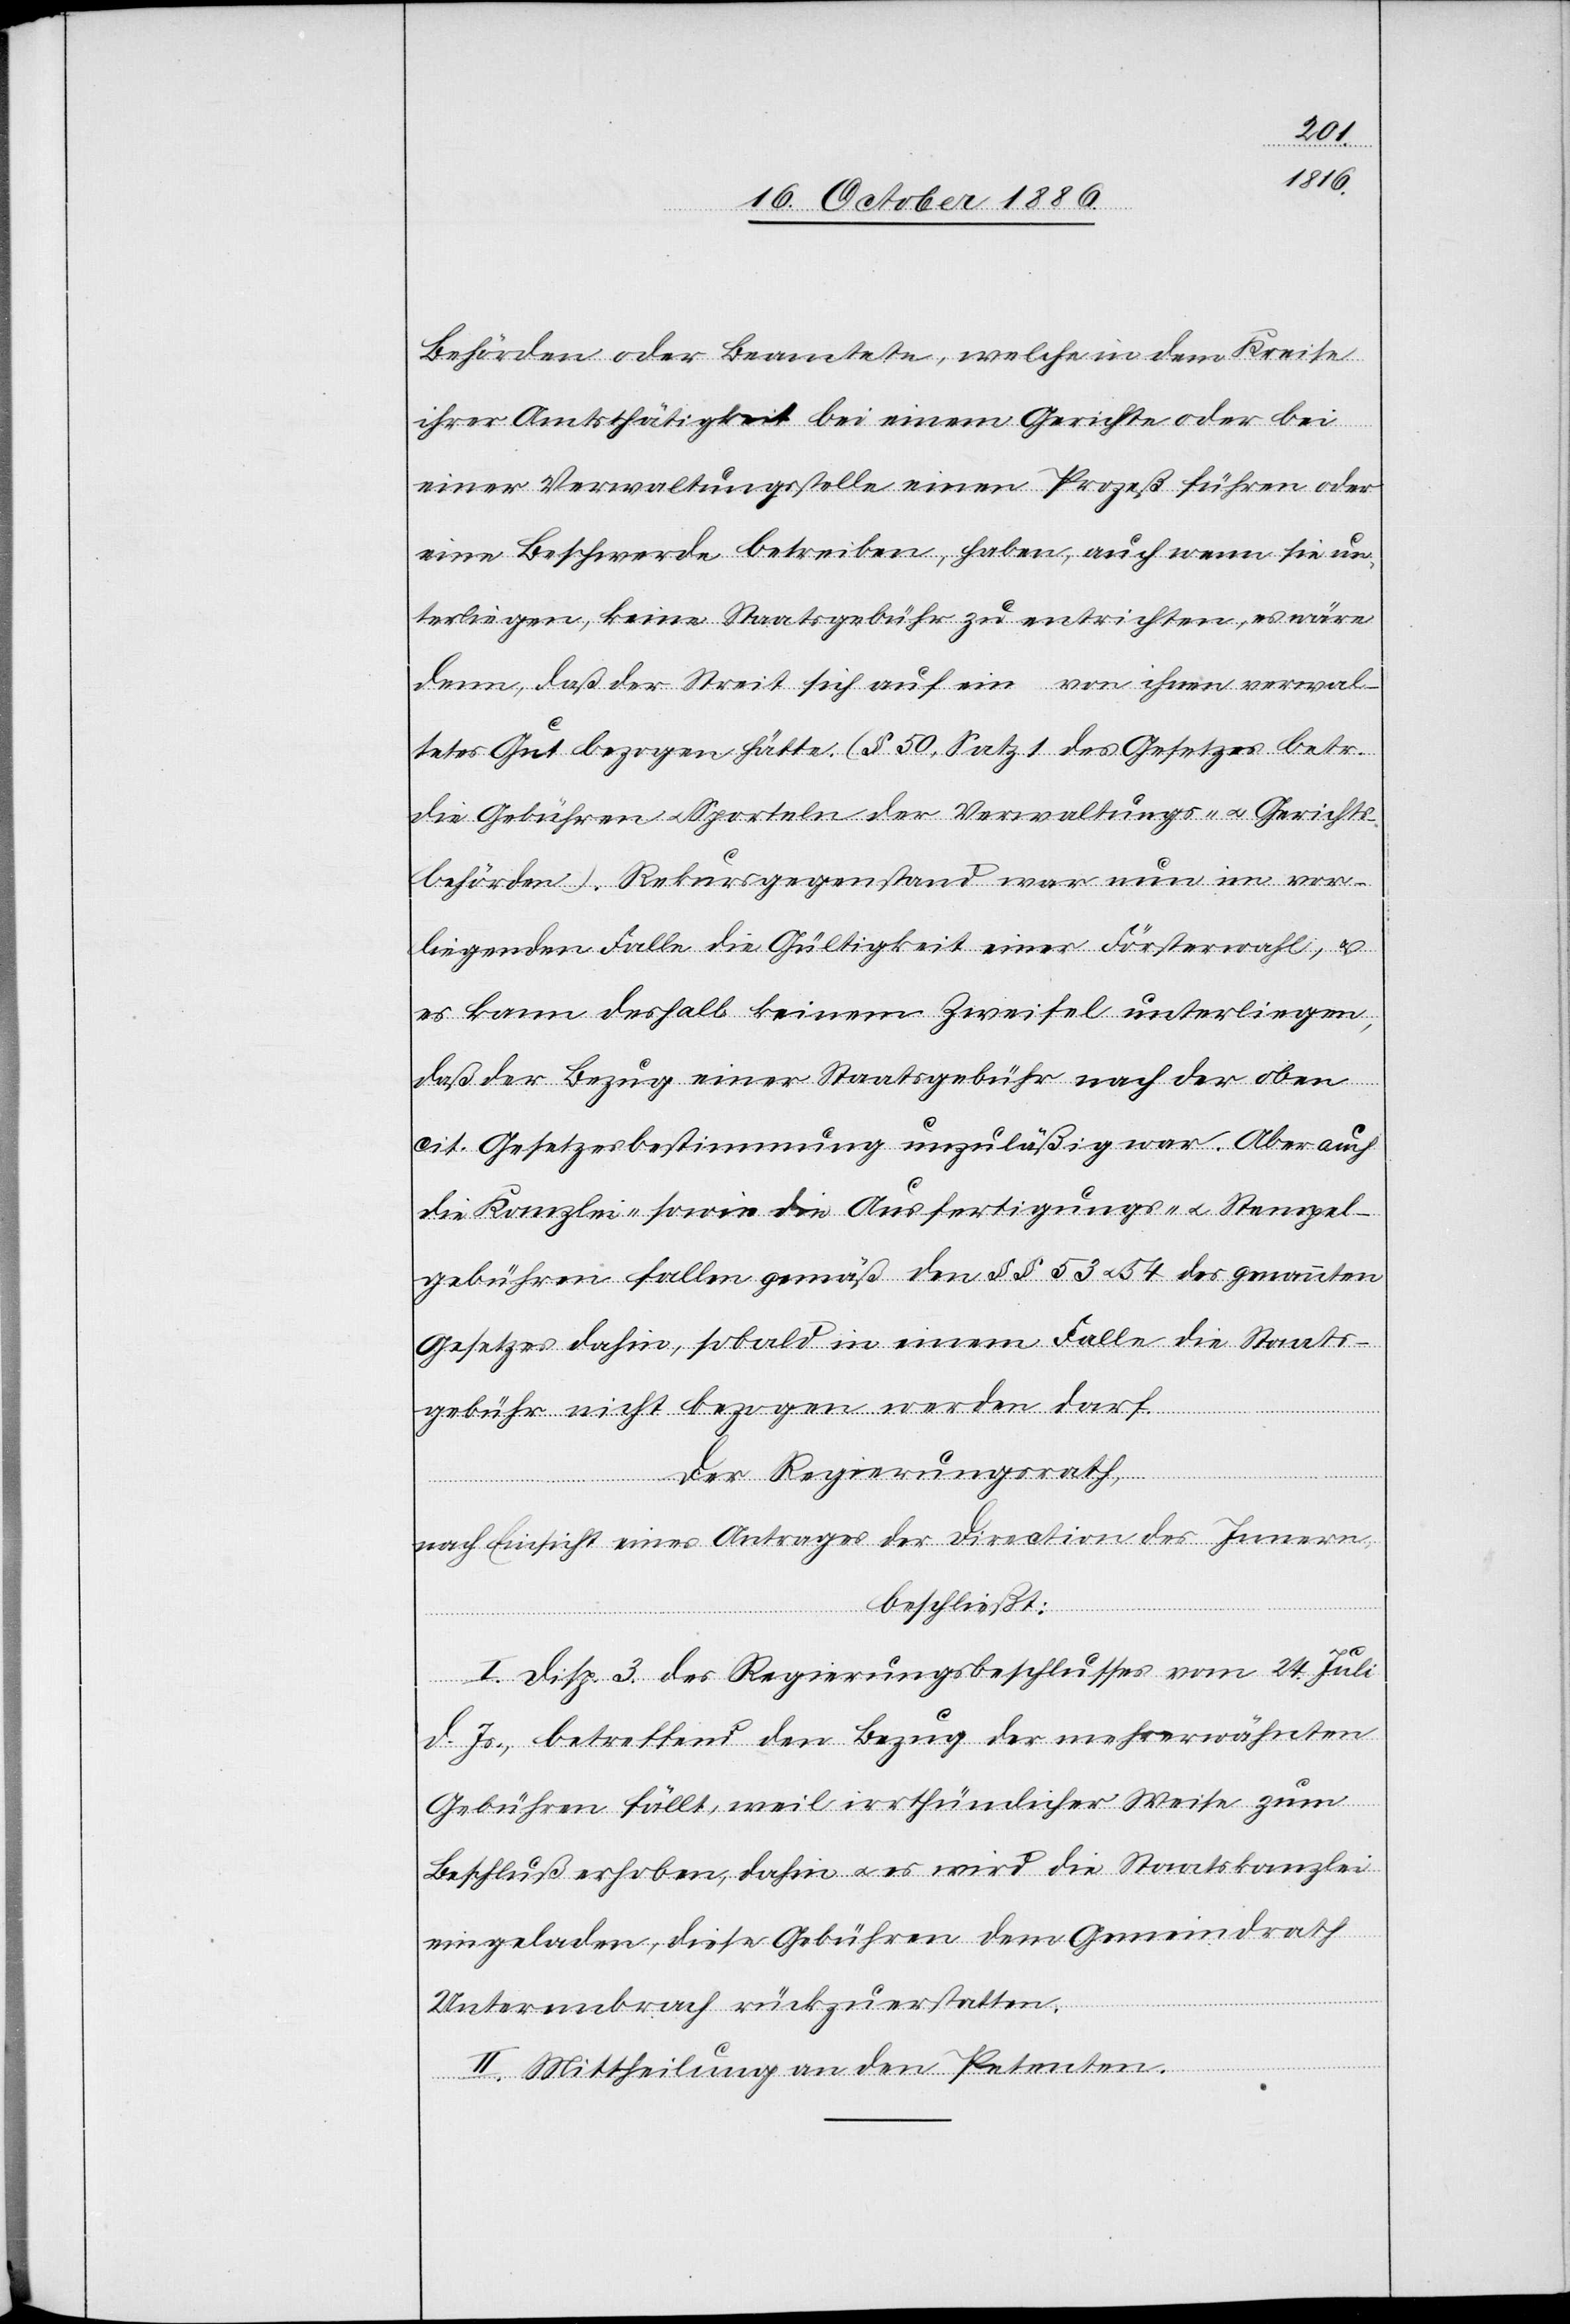
Behörden oder Beamtete, welche in dem Kreise
ihrer Amtsthätigkeit bei einem Gerichte oder bei
einer Verwaltungsstelle einen Prozeß führen oder
eine Beschwerde betreiben, haben, auch wenn sie un¬
terliegen, keine Staatsgebühr zu entrichten, es wäre
denn, daß der Streit sich auf ein von ihnen verwal¬
tetes Gut bezogen hätte. (§ 50, Satz 1 des Gesetzes betr.
die Gebühren & Sporteln der Verwaltungs- & Gerichts¬
behörden). Rekursgegenstand war nun im vor¬
liegenden Falle die Gültigkeit einer Försterwahl, &
es kann deshalb keinem Zweifel unterliegen,
daß der Bezug einer Staatsgebühr nach der oben
cit. Gesetzesbestimmung unzuläßig war. Aber auch
die Kanzlei- sowie die Ausfertigungs- & Stempel¬
gebühren fallen gemäß den §§ 53 & 54 des genannten
Gesetzes dahin, sobald in einem Falle die Staats¬
gebühr nicht bezogen werden darf.
Der Regierungsrath,
nach Einsicht eines Antrages der Direction des Innern
beschließt:
I. Disp. 3 des Regierungsbeschlusses vom 24. Juli
d. Js., betreffend den Bezug der mehrerwähnten
Gebühren fällt, weil irrthümlicher Weise zum
Beschluß erhoben, dahin & es wird die Staatskanzlei
eingeladen, diese Gebühren dem Gemeindrath
Unterembrach rückzuerstatten.
II. Mittheilung an den Petenten.